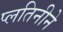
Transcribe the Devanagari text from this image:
प्लतिनीने